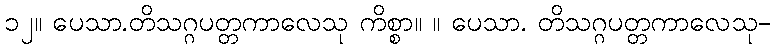
၁၂။ ပေသာ.တိသဂ္ဂပတ္တကာလေသု ကိစ္စာ။ ။ ပေသာ. တိသဂ္ဂပတ္တကာလေသု-